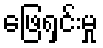
ဖြေရှင်းမှု